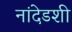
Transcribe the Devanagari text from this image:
नांदेडशी